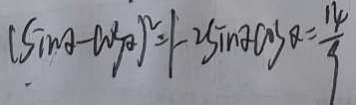
( \sin \alpha - \cos \alpha ) ^ { 2 } = 1 - 2 \sin \alpha \cos \alpha = \frac { 1 4 } { 9 }